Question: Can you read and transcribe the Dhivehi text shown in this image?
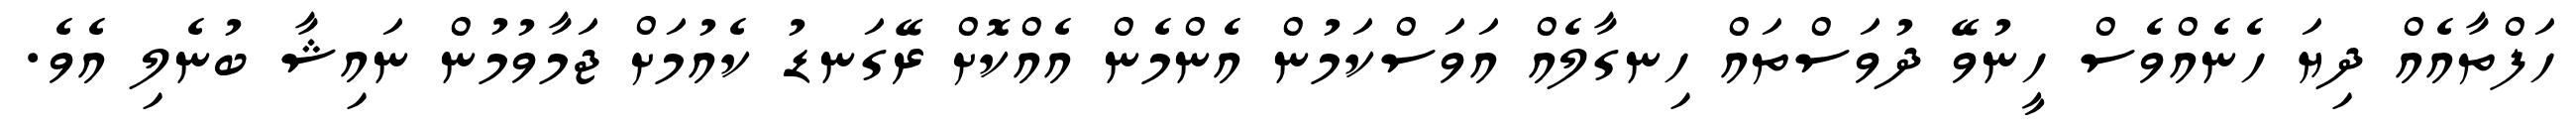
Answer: ހަފްތާއެއް ދިޔަ ހެނެއްވެސް ހީނުވޭ ދުވަސްތައް ހިނގާލެއް އަވަސްކަމުން އެންމެން އެއްކޮށް ރޭގަނޑު ކެއުމަށް ޖަމާވުމުން ނައިޝާ ބުނެލި އެވެ.